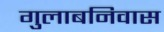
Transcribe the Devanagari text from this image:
गुलाबनिवास